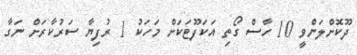
ދޫކޮށްލަންވީ 10 ހާސް ގޯތި އަކަފޫޓަކަށް މަހަކު 1 ރުފިޔާ ސަރުކާރަށް ނަގާ